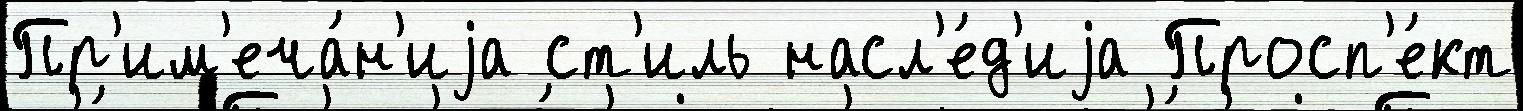
Пр'им'еча́н'иjа ст'иль насл'е́д'иjа Просп'е́кт